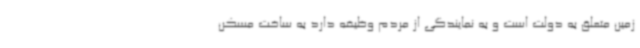
زمین متعلق به دولت است و به نمایندگی از مردم وظیفه دارد به ساخت مسکن